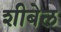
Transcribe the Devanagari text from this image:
शीबेल